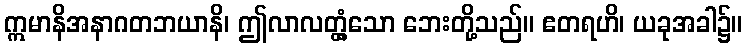
ဣမာနိအနာဂတဘယာနိ၊ ဤလာလတ္တံ့သော ဘေးတို့သည်။ ဧတရဟိ၊ ယခုအခါ၌။